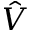
\hat { V }